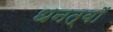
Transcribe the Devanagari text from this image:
धनत्वों